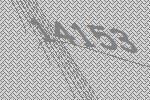
14153